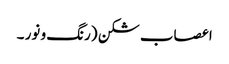
اعصاب شکن (رنگ و نور ۔